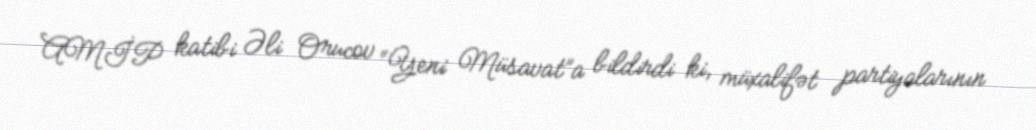
AMİP katibi Əli Orucov “Yeni Müsavat”a bildirdi ki, müxalifət partiyalarının